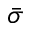
\bar { \sigma }